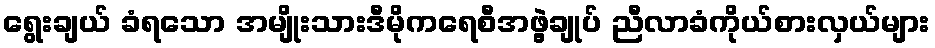
ရွေးချယ် ခံရသော အမျိုးသားဒီမိုကရေစီအဖွဲ့ချုပ် ညီလာခံကိုယ်စားလှယ်များ